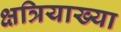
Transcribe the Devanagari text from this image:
क्षत्रियाख्या